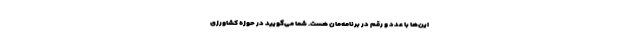
این‌ها با عدد و رقم در برنامه‌مان هست. شما می‌گویید در حوزه کشاورزی